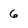
Character: 6